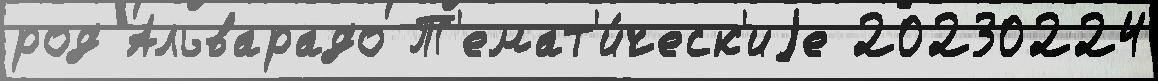
род Альварадо Т'емат'и́ческ'иjе 20230224